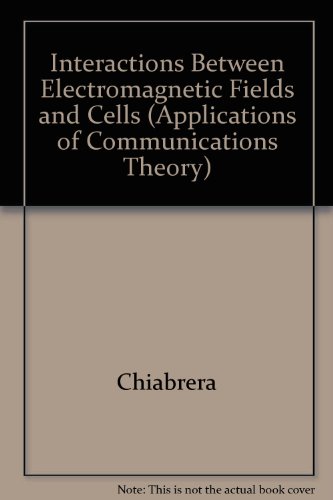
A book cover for Interactions Between Electromagnetic Fields and Cells (Applications of Communications Theory); Science & Math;